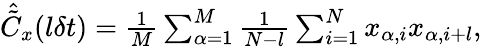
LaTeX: \begin{array}{r}{\hat{\tilde{C}}_{x}(l\delta t)=\frac{1}{M}\sum_{\alpha=1}^{M}\frac{1}{N-l}\sum_{i=1}^{N}x_{\alpha,i}x_{\alpha,i+l},}\end{array}